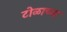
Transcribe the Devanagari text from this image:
टोळाच्या